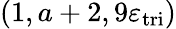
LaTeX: (1,a+2,9\varepsilon_{\mathrm{tri}})